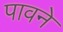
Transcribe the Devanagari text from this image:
पावने